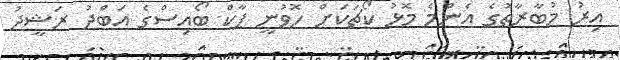
އިރު މުބާރާތުގެ އެންމެ މޮޅު ކޯޗަކަށް ހޮވުނީ ޕާކް ބޯއިސްގެ އަބްދު ރަޝީދު